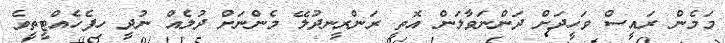
މަމެން ރައީސް ވަހީދަށް ދަންނަވާލަން އޮތީ ރަންރީނދުލޭ މެންނަށް ދުލެއް ނުދީ ހިފެހެއްޓީތީވެ